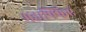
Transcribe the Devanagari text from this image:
महाफ्फिए